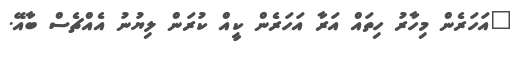
"އަހަރެން މިހާރު ހިތައް އަރާ އަހަރެން ކީއް ކުރަން ލިޔުނު އެއްޗެސް ބާއޭ.